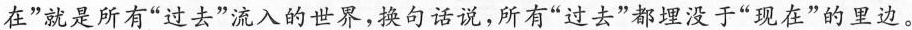
在”就是所有”过去”流入的世界，换句话说，所有”过去”都埋没于”现在”的里边。